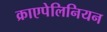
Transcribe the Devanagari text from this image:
क्राएपेलिनियन